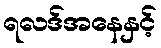
ရလဒ်အနေနှင့်